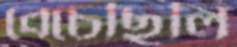
বেচেছিলি